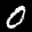
Label: 0